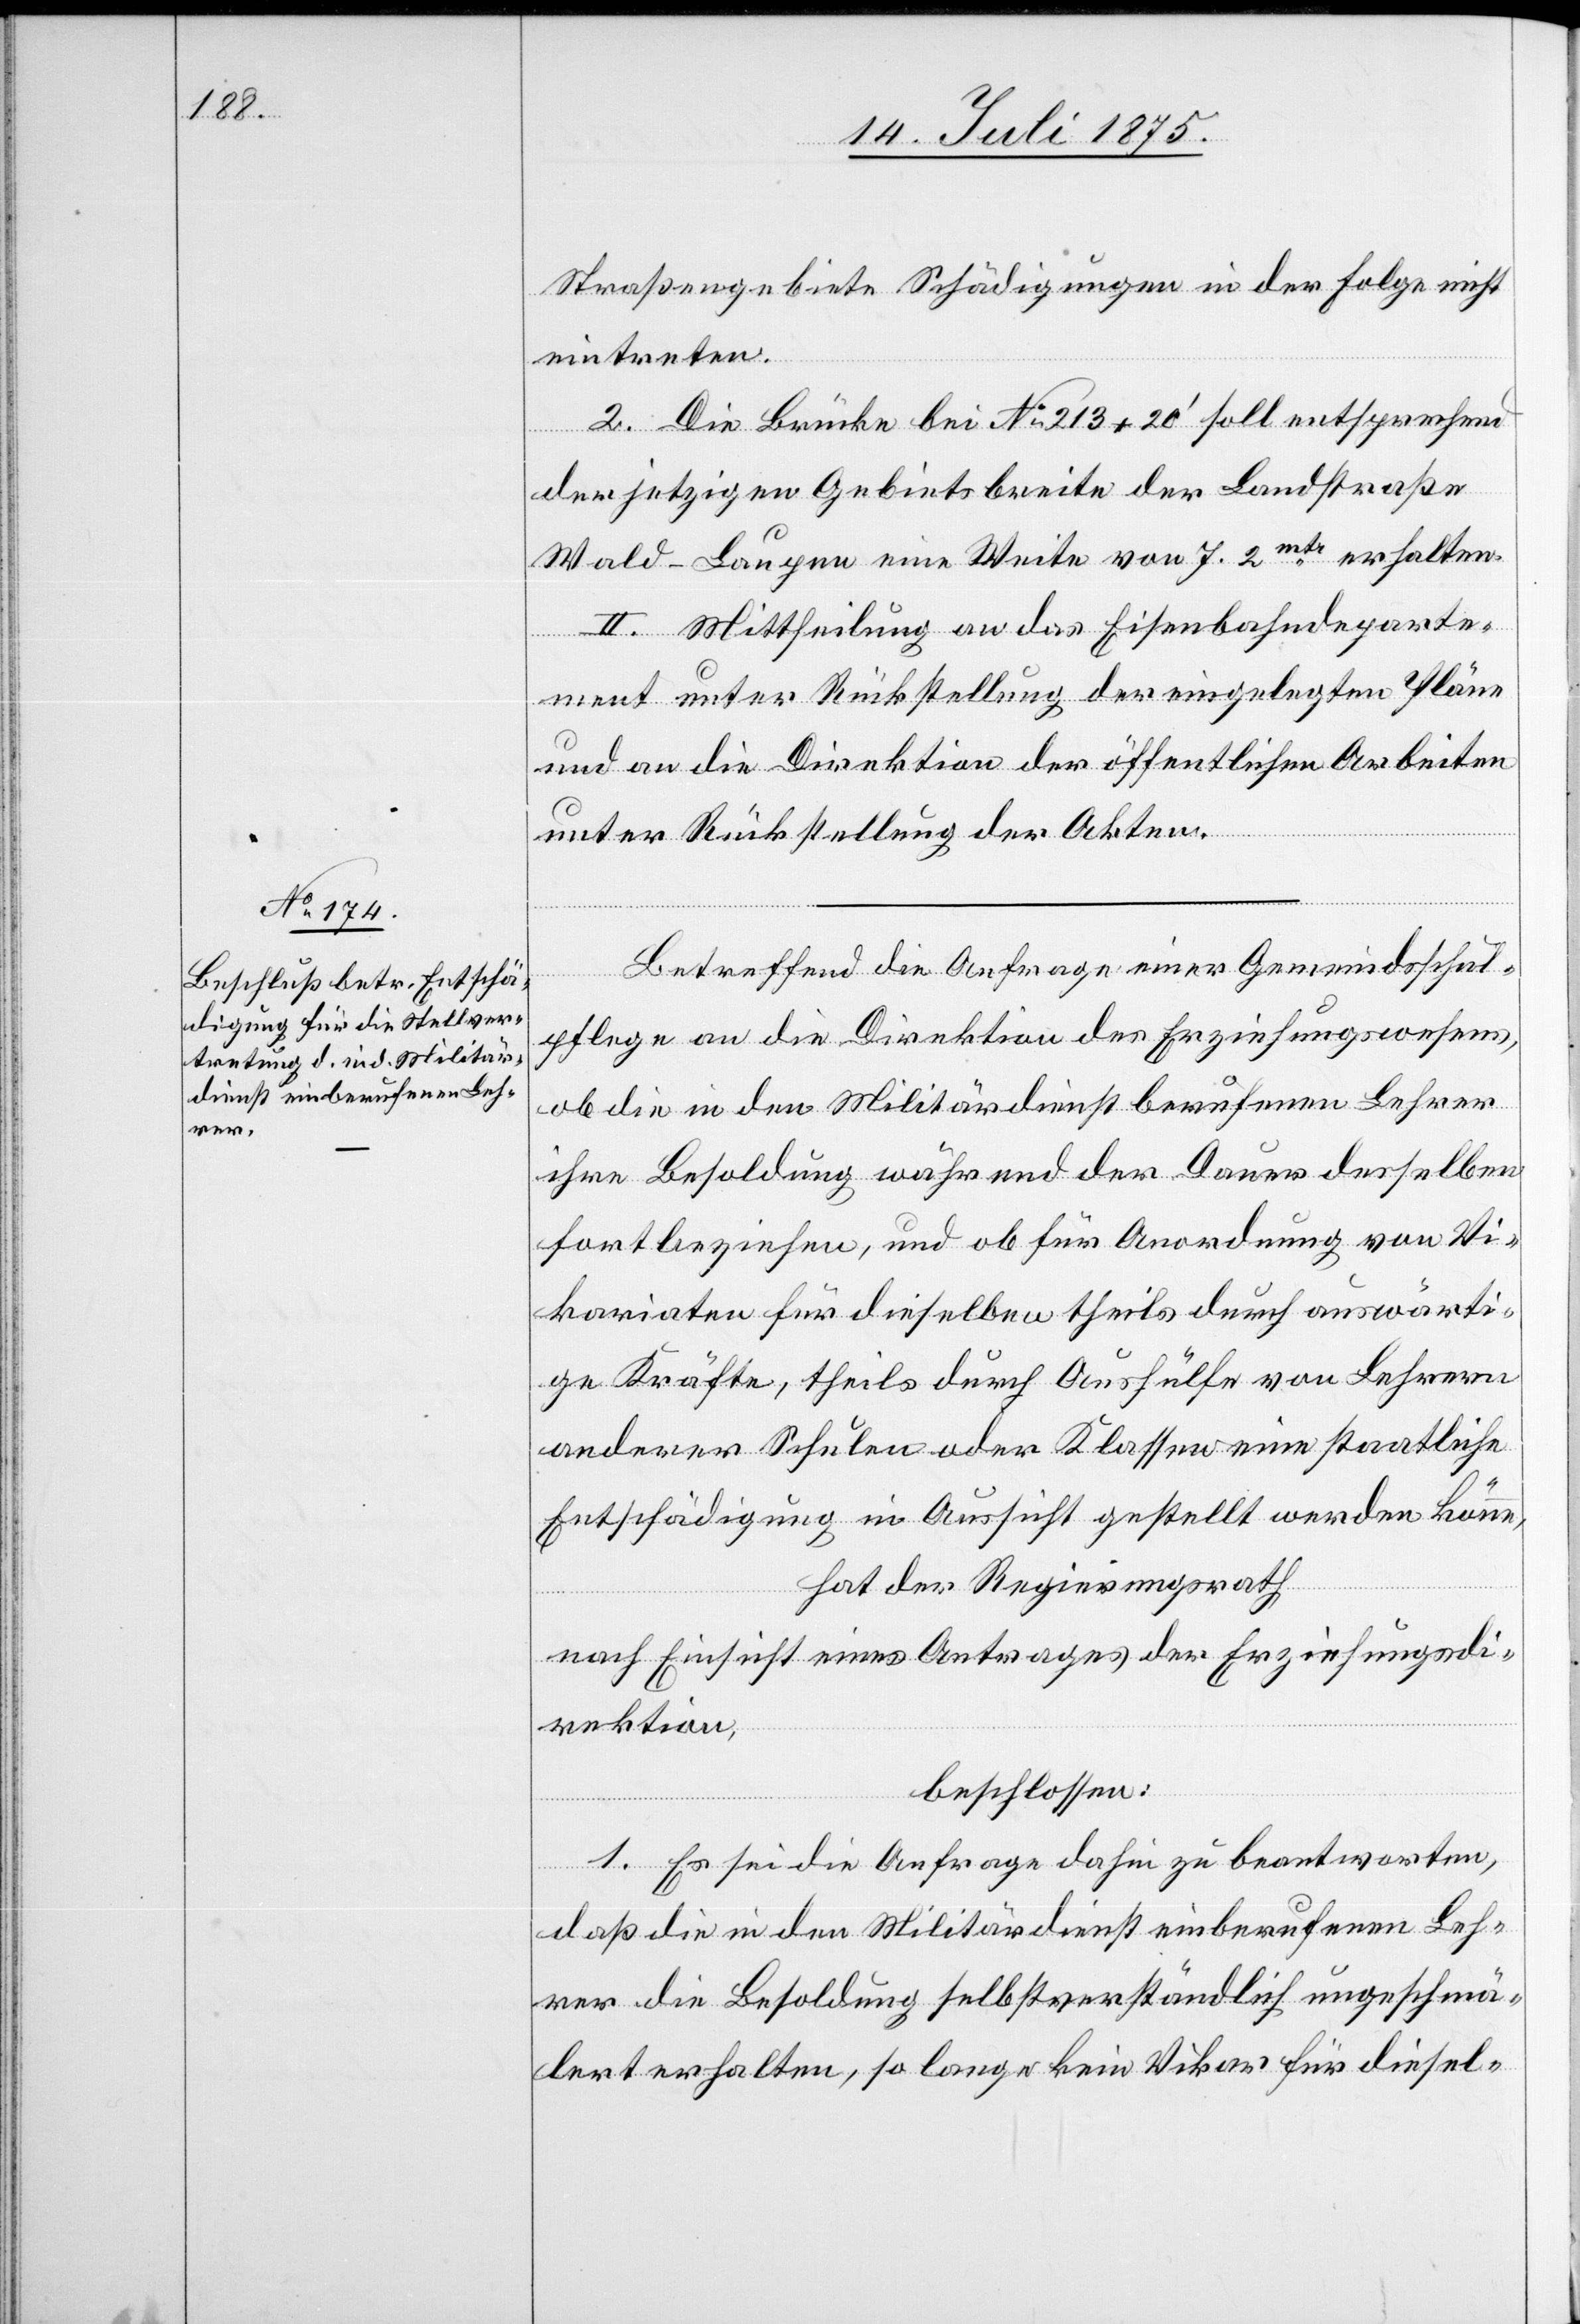
20. Juli 1875.]
Straßengebiete Schädigungen in der Folge nicht
eintreten.
2. Die Brücke bei No 213+20‘ soll entsprechend
der jetzigen Gebietsbreite der Landstraße
Wald–Laupen eine Weite von 7,2mtr erhalten.
II. Mittheilung an das Eisenbahndeparte¬
ment unter Rückstellung der eingelegten Pläne
und an die Direktion der öffentlichen Arbeiten
unter Rückstellung der Akten.
Betreffend die Anfrage einer Gemeindsschul¬
pflege an die Direktion des Erziehungswesens,
ob die in den Militärdienst berufenen Lehrer
ihre Besoldung während der Dauer desselben
fortbeziehen, und ob für Anordnung von Vi¬
kariaten für dieselben theils durch auswärti¬
ge Kräfte, theils durch Aushülfe von Lehrern
anderer Schulen oder Klassen eine staatliche
Entschädigung in Aussicht gestellt werden könne,
hat der Regierungsrath,
nach Einsicht eines Antrages der Erziehungsdi¬
rektion,
beschlossen:
1. Es sei die Anfrage dahin zu beantworten,
daß die in den Militärdienst einberufenen Leh¬
rer die Besoldung selbstverständlich ungeschmä¬
lert erhalten, so lange kein Vikar für diesel-